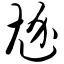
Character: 尬